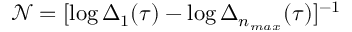
\mathcal { N } = [ \log \Delta _ { 1 } ( \tau ) - \log \Delta _ { n _ { m a x } } ( \tau ) ] ^ { - 1 }